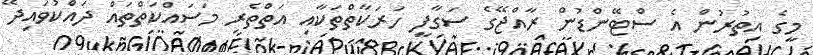
މީގެ އިތުރުން އެ ސްޓޭންޑުން ރާއްޖޭގެ ސަގާފީ ހަރަކާތްތަކާއި އަތްތެރި މަސައްކަތްތައް ދައްކުވައިދޭ